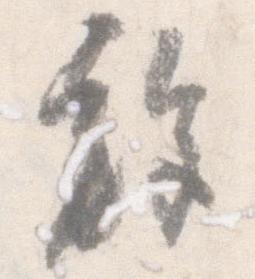
施